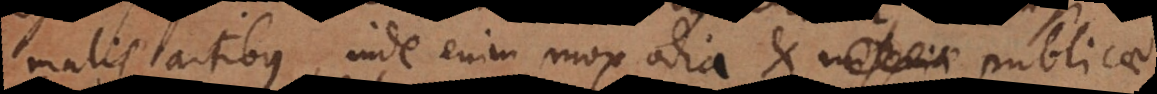
malis artibus, inde enim mox alia et miseriae